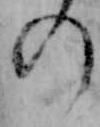
の